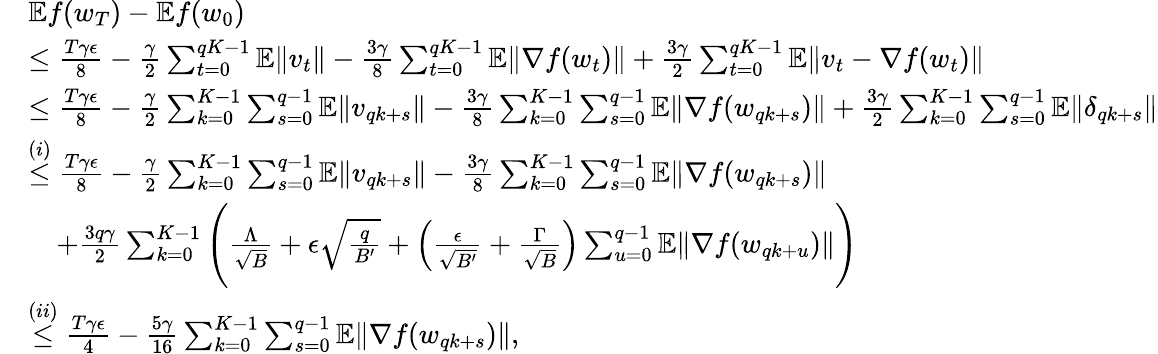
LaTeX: \begin{array}{rl}&{\mathbb{E}f(w_{T})-\mathbb{E}f(w_{0})}\\ &{\le\frac{T\gamma\epsilon}{8}-\frac{\gamma}{2}\sum_{t=0}^{qK-1}\mathbb{E}\| v_{t}\| -\frac{3\gamma}{8}\sum_{t=0}^{qK-1}\mathbb{E}\| \nabla f(w_{t})\| +\frac{3\gamma}{2}\sum_{t=0}^{qK-1}\mathbb{E}\| v_{t}-\nabla f(w_{t})\| }\\ &{\le\frac{T\gamma\epsilon}{8}-\frac{\gamma}{2}\sum_{k=0}^{K-1}\sum_{s=0}^{q-1}\mathbb{E}\| v_{qk+s}\| -\frac{3\gamma}{8}\sum_{k=0}^{K-1}\sum_{s=0}^{q-1}\mathbb{E}\| \nabla f(w_{qk+s})\| +\frac{3\gamma}{2}\sum_{k=0}^{K-1}\sum_{s=0}^{q-1}\mathbb{E}\| \delta_{qk+s}\| }\\ &{\overset{(i)}{\le}\frac{T\gamma\epsilon}{8}-\frac{\gamma}{2}\sum_{k=0}^{K-1}\sum_{s=0}^{q-1}\mathbb{E}\| v_{qk+s}\| -\frac{3\gamma}{8}\sum_{k=0}^{K-1}\sum_{s=0}^{q-1}\mathbb{E}\| \nabla f(w_{qk+s})\| }\\ &{\quad+\frac{3q\gamma}{2}\sum_{k=0}^{K-1}\Bigg(\frac{\Lambda}{\sqrt{B}}+\epsilon\sqrt{\frac{q}{B^{\prime}}}+\Big(\frac{\epsilon}{\sqrt{B^{\prime}}}+\frac{\Gamma}{\sqrt{B}}\Big)\sum_{u=0}^{q-1}\mathbb{E}\| \nabla f(w_{qk+u})\| \Bigg)}\\ &{\overset{(ii)}{\le}\frac{T\gamma\epsilon}{4}-\frac{5\gamma}{16}\sum_{k=0}^{K-1}\sum_{s=0}^{q-1}\mathbb{E}\| \nabla f(w_{qk+s})\| ,}\end{array}